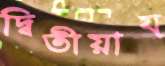
দ্বিতীয়ায়